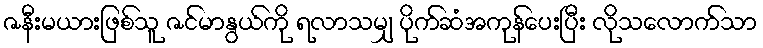
ဇနီးမယားဖြစ်သူ ဇင်မာနွယ်ကို ရလာသမျှ ပိုက်ဆံအကုန်ပေးပြီး လိုသလောက်သာ